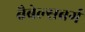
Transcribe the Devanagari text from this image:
बैबेल्सबर्ग